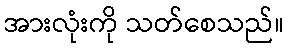
အားလုံးကို သတ်စေသည်။